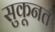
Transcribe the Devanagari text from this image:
सुकूनत